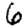
Digit: 6